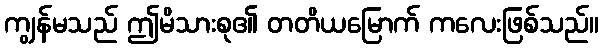
ကျွန်မသည် ဤမိသားစု၏ တတိယမြောက် ကလေးဖြစ်သည်။